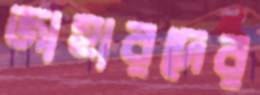
জাহারদের